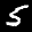
Label: 5